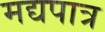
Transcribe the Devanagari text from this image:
मद्यपात्र